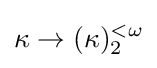
\kappa \rightarrow (\kappa )_{2}^{<\omega }